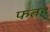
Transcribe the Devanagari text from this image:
फतह्